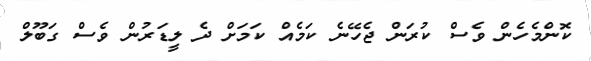
ކޮންމެހެން ވެސް ކުރަން ޖެހޭނެ ކަމެއް ކަމަށް ދެ ލީޑަރުން ވެސް ގަބޫލް